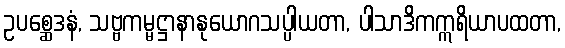
ဥပစ္ဆေဒနံ, သဗ္ဗကမ္မဋ္ဌာနာနုယောဂသပ္ပါယတာ, ပါသာဒိကဣရိယာပထတာ,